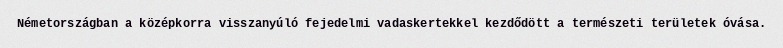
Németországban a középkorra visszanyúló fejedelmi vadaskertekkel kezdődött a természeti területek óvása.